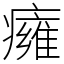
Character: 癕